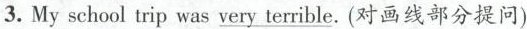
3.My school trip was very_ terrible.(对画线部分提问)